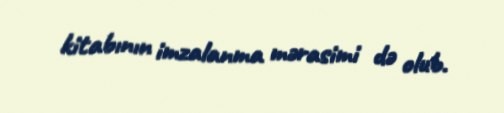
kitabının imzalanma mərasimi də olub.